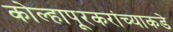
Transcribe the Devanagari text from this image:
कोल्हापूरकरांच्याकडे